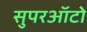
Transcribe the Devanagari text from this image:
सुपरऑटो